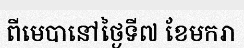
ពីមេបានៅថ្ងៃទី៧ ខែមករា